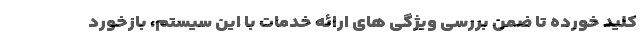
کلید خورده تا ضمن بررسی ویژگی های ارائه خدمات با این سیستم، بازخورد